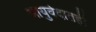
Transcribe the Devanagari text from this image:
आयुर्वेदातही